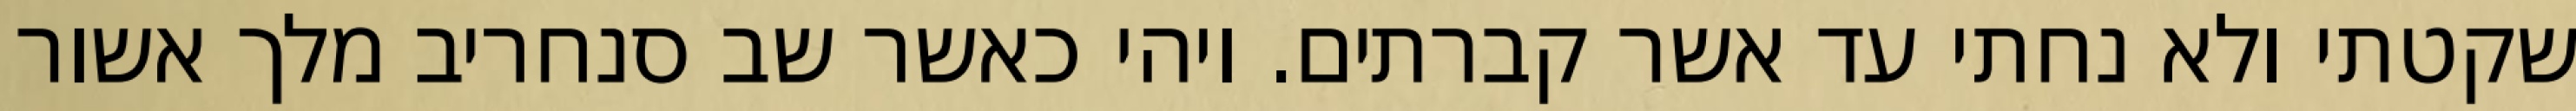
שקטתי ולא נחתי עד אשר קברתים. ויהי כאשר שב סנחריב מלך אשור